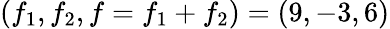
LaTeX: (f_{1},f_{2},f=f_{1}+f_{2})=(9,-3,6)